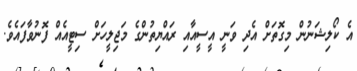
އެ ކޯލިޝަނުން މިގޮތަށް އެދި ވަނީ އީސީއާއި ރައްޔިތުންގެ މަޖިލީހަށް ސިޓީއެއް ފޮނުވާފައެވެ.